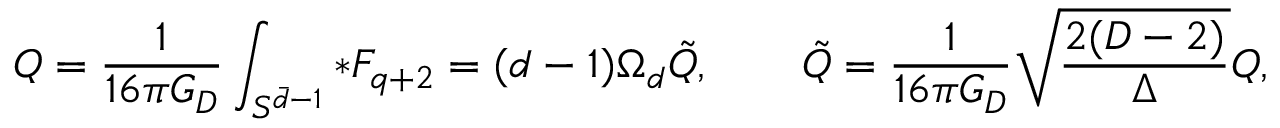
{ \cal Q } = { \frac { 1 } { 1 6 \pi G _ { D } } } \int _ { S ^ { \bar { d } - 1 } } * F _ { q + 2 } = ( d - 1 ) \Omega _ { d } \tilde { Q } , \qquad \tilde { Q } = { \frac { 1 } { 1 6 \pi G _ { D } } } \sqrt { \frac { 2 ( D - 2 ) } { \Delta } } Q ,